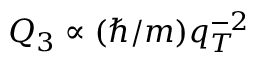
Q _ { 3 } \propto ( \hbar / m ) q _ { T } ^ { - 2 }